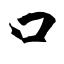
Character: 口